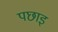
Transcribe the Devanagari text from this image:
पछाइ